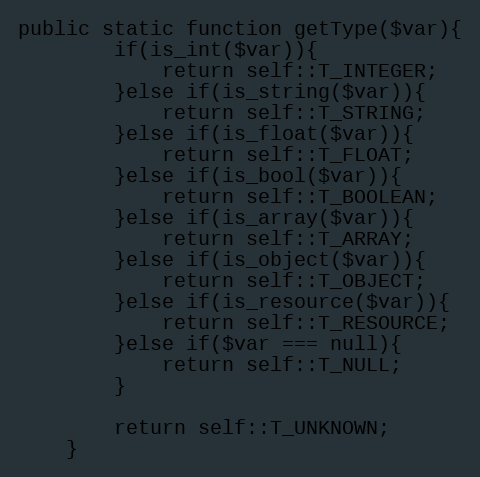
Language: PHP
public static function getType($var){
        if(is_int($var)){
            return self::T_INTEGER;
        }else if(is_string($var)){
            return self::T_STRING;
        }else if(is_float($var)){
            return self::T_FLOAT;
        }else if(is_bool($var)){
            return self::T_BOOLEAN;
        }else if(is_array($var)){
            return self::T_ARRAY;
        }else if(is_object($var)){
            return self::T_OBJECT;
        }else if(is_resource($var)){
            return self::T_RESOURCE;
        }else if($var === null){
            return self::T_NULL;
        }

        return self::T_UNKNOWN;
    }